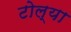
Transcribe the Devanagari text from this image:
टोल्या